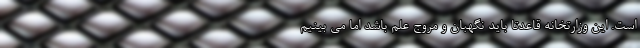
است. این وزارتخانه قاعدتاً باید نگهبان و مروج علم باشد اما می بینیم